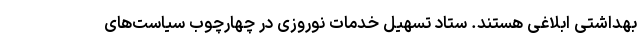
بهداشتی ابلاغی هستند. ستاد تسهیل خدمات نوروزی در چهارچوب سیاست‌های